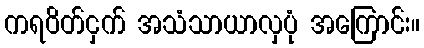
ကရဝိတ်ငှက် အသံသာယာလှပုံ အကြောင်း။